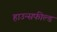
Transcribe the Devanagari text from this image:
हाउन्सफील्ड